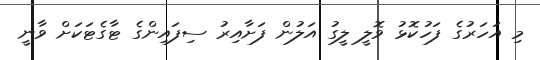
މި އަހަރުގެ ފަހުކޮޅު ވޮލީ ލީގު އަލުން ފަށާއިރު ސިފައިންގެ ޓާގެޓަކަށް ވާނީ